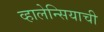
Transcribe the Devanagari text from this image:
व्हालेन्सियाची